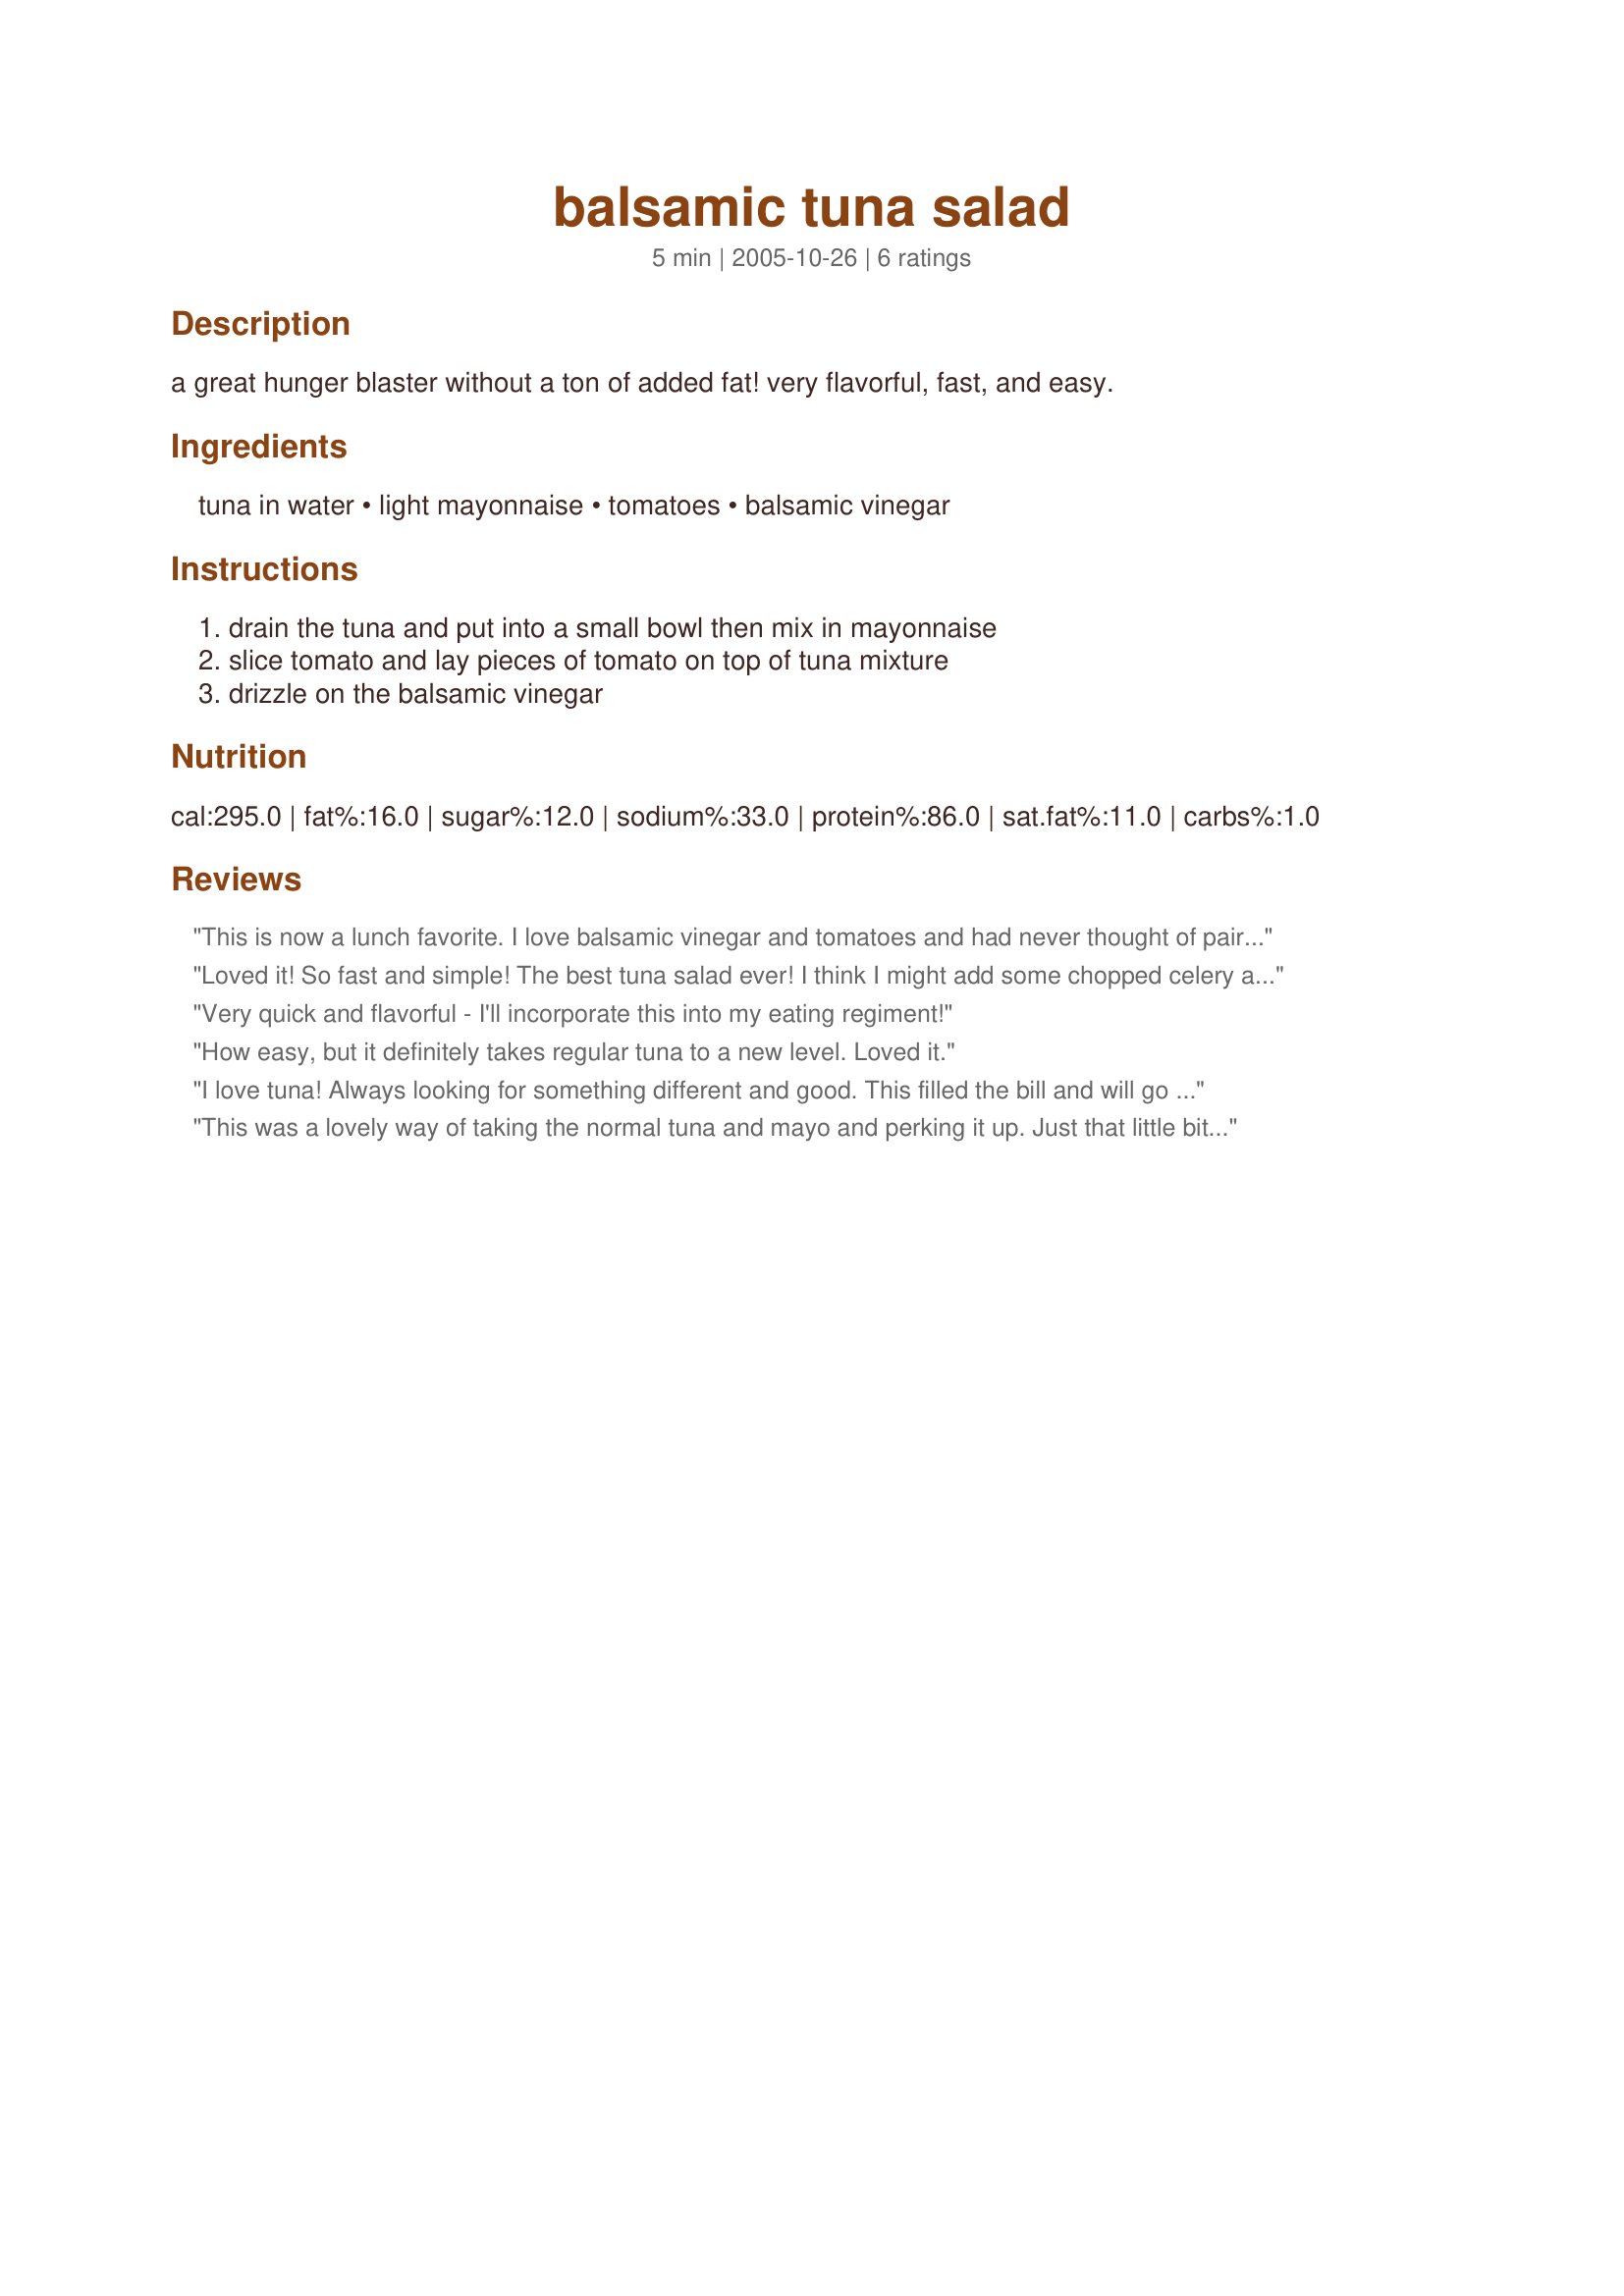
balsamic tuna salad
Preparation time: 5 minutes

a great hunger blaster without a ton of added fat! very flavorful, fast, and easy.

Ingredients:
tuna in water, light mayonnaise, tomatoes, balsamic vinegar

Steps:
drain the tuna and put into a small bowl then mix in mayonnaise, slice tomato and lay pieces of tomato on top of tuna mixture, drizzle on the balsamic vinegar

Reviews:
This is now a lunch favorite. I love balsamic vinegar and tomatoes and had never thought of pairing it up with tuna. Thanks for a delicious recipe!
Loved it! So fast and simple! The best tuna salad ever! I think I might add some chopped celery and maybe chopped carrots just to increase the veggie serving. Thanks for posting.
Very quick and flavorful - I'll incorporate this into my eating regiment!
How easy, but it definitely takes regular tuna to a new level. Loved it.
I love tuna! Always looking for something different and good. This filled the bill and will go into my "Everything Tuna" cookbook. I did present it a little differently. I don't know why, I just did! lol. Thnx for sharing your recipe, Obsessed. Made for PAC Fall 2009.
This was a lovely way of taking the normal tuna and mayo and perking it up. Just that little bit of balsamic lifted the taste in such a nice way. I put slices of cherry tomatoes on top and served it with Ritz crackers for a light and tasty lunch. Made for Alphabet Soup tag.
